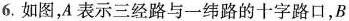
6.如图，A表示三经路与一纬路的十字路口，B